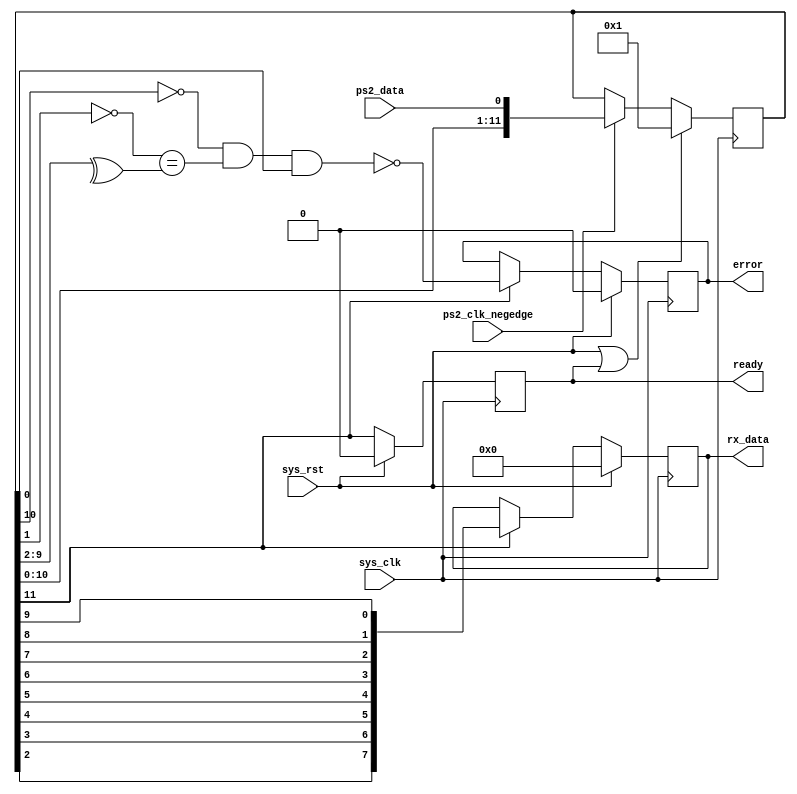
module ps2_host_rx(
  input  wire sys_clk,
  input  wire sys_rst,
  input  wire ps2_clk_negedge,
  input  wire ps2_data,
  output reg [7:0] rx_data,
  output reg ready,
  output reg error
);
 
// Read in 11 bit long frame.
reg [11:0] frame;
always @(posedge sys_clk)
begin
  if (sys_rst | ready) begin
    frame <= 1;
  end
  else begin
    frame <= (ps2_clk_negedge) ? {frame[10:0], ps2_data} : frame;
  end
end
 
// 12th bit marks end of frame.
always @(posedge sys_clk)
begin
  ready <= (sys_rst) ? 0 : frame[11];
end
 
// Return rx_data in most significant bit first order.
always @(posedge sys_clk)
begin
  if (sys_rst) begin
    rx_data <= 0;
  end
  else begin
    rx_data <= (frame[11]) ? {frame[2], frame[3], frame[4], frame[5],
                              frame[6], frame[7], frame[8], frame[9]} : rx_data;
  end
end
 
// Check that 1st bit is 0, odd parity bit is correct and last bit is 1.
always @(posedge sys_clk)
begin
  if (sys_rst) begin
    error <= 0;
  end
  else begin
    error <= (frame[11]) ? ~(~frame[10] & (~frame[1] == ^frame[9:2]) & frame[0]) : error;
  end
end
 
endmodule